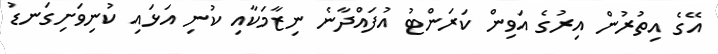
އޭގެ އިތުރުން އިރުގެ އަވިން ކަރަންޓު އުފައްދާނެ ނިޒާމަކާއި ކުނި އަޅައި ކުނިވަށިގަނޑު